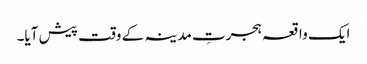
ایک واقعہ ہجرتِ مدینہ کے وقت پیش آیا۔